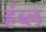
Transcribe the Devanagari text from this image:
हंब्ल